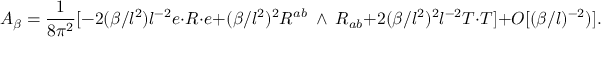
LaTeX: { \cal A } _ { \beta } = \frac { 1 } { 8 { \pi } ^ { 2 } } [ - 2 ( \beta / l ^ { 2 } ) l ^ { - 2 } e \cdot R \cdot e + ( \beta / l ^ { 2 } ) ^ { 2 } R ^ { a b } { \mathrm { \tiny ~ \wedge ~ } } R _ { a b } + 2 ( \beta / l ^ { 2 } ) ^ { 2 } l ^ { - 2 } T \cdot T ] + O [ ( \beta / l ) ^ { - 2 } ) ] .